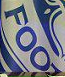
FOO